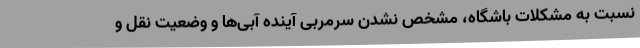
نسبت به مشکلات باشگاه، مشخص نشدن سرمربی آینده آبی‌ها و وضعیت نقل و